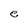
Character: e